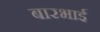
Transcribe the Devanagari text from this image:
बारभाई